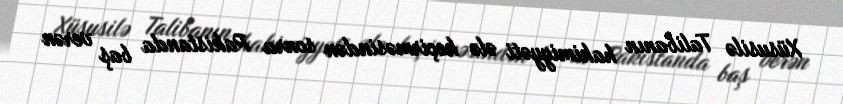
Xüsusilə Talibanın hakimiyyəti ələ keçirməsindən sonra Pakistanda baş verən